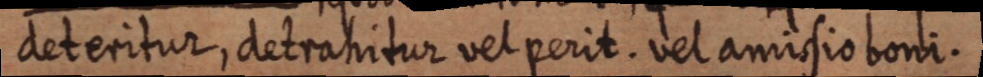
deteritur, detrahitur vel perit. vel amissio boni.